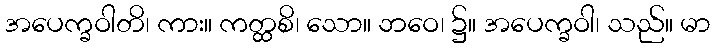
အပေက္ခဝါတိ၊ ကား။ ကတ္ထစိ၊ သော။ ဘဝေ၊ ၌။ အပေက္ခဝါ၊ သည်။ မာ